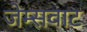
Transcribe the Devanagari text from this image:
जेम्सवाट